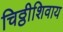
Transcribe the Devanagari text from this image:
चिठ्ठीशिवाय